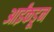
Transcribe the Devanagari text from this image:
आईंकडून